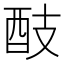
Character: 䣫